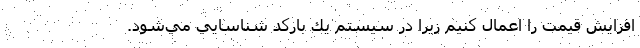
افزايش قيمت را اعمال كنيم زيرا در سيستم يك باركد شناسايي مي‌شود.